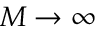
M \rightarrow \infty